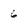
Character: 6